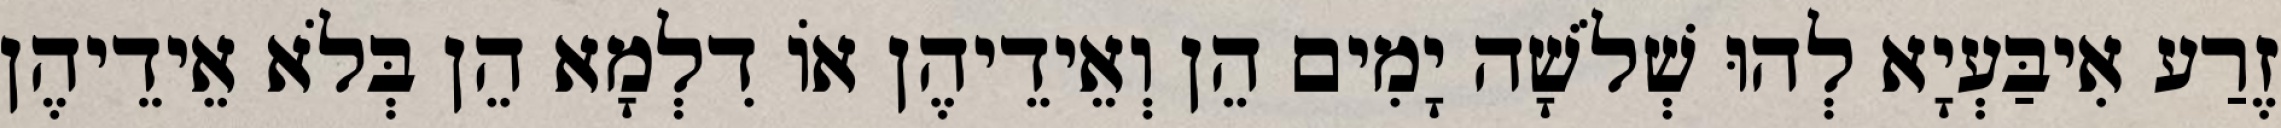
זֶרַע אִיבַּעְיָא לְהוּ שְׁלֹשָׁה יָמִים הֵן וְאֵידֵיהֶן אוֹ דִלְמָא הֵן בְּלֹא אֵידֵיהֶן